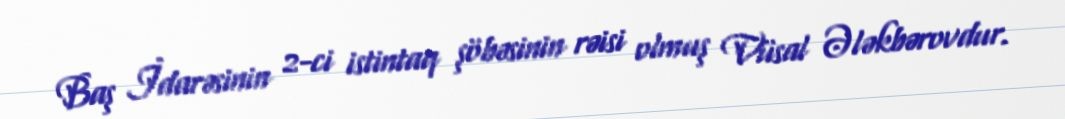
Baş İdarəsinin 2-ci istintaq şöbəsinin rəisi olmuş Vüsal Ələkbərovdur.